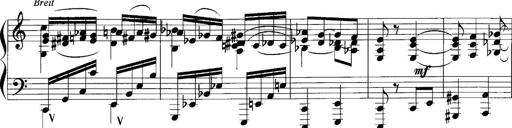
Title: Sonatina No.1
Composer: Otto Stoll
Key: C major